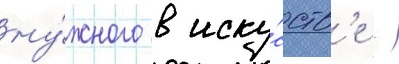
ну́жного в иску́сств'е -